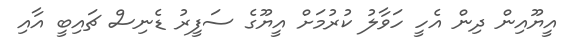
އީޔޫއިން ދިން އެހީ ހަވާލު ކުރުމަށް އީޔޫގެ ސަފީރު ޑެނިސް ޗައިބީ އާއި